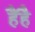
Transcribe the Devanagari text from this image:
हैंहै